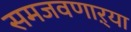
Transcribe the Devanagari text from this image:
समजवणाऱ्या